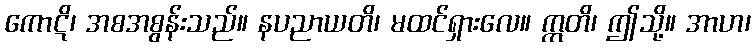
ကောဋိ၊ အစအစွန်းသည်။ နပညာယတိ၊ မထင်ရှားလေ။ ဣတိ၊ ဤသို့။ အာဟ၊